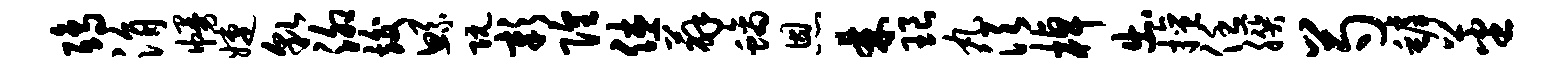
鸱涓幔婕貌泖竣鲧阮彰隍休薜螭恩棘琅丸须棹出擅任朕芍罅蕃